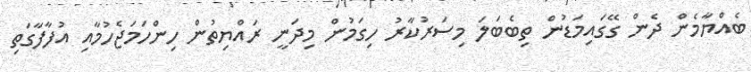
ބެއްޔާމެން ދެން ގޭގައިމަޑުން ތިބެބަލަ މިސަރުކާރު ހިގަމުން މިދަނީ ރައްޔިތުން ހިންހަމަޖެހުމާއި އުފާފާގަތި